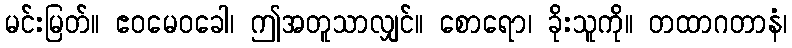
မင်းမြတ်။ ဧဝမေဝခေါ၊ ဤအတူသာလျှင်။ စောရော၊ ခိုးသူကို။ တထာဂတာနံ၊